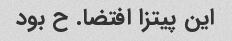
این پیتزا افتضا. ح بود